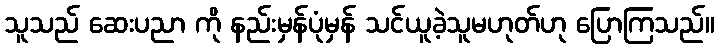
သူသည် ဆေးပညာ ကို နည်းမှန်ပုံမှန် သင်ယူခဲ့သူမဟုတ်ဟု ပြောကြသည်။